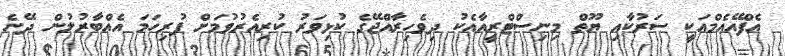
އެފްއޭއެމްއަކީ ސަރުކާއި ޔޫތް މިނިސްޓްރީއާއެކު ދިވެހިރާއްޖޭގެ ކުޅިވަރު ކުރިއެރުވުމަށް ފުރިހަމަ އެއްބާރުލުން ދޭނެ